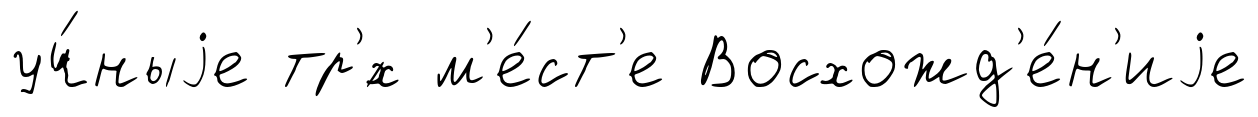
уч́ныjе тр'́х м'е́ст'е Восхожд'е́н'иjе